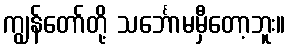
ကျွန်တော်တို့ သင်္ဘောမမှီတော့ဘူး။